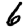
Digit: 6